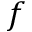
f